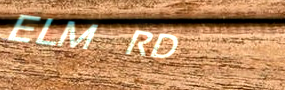
ELM RD